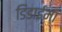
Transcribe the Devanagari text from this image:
डिडाईमा